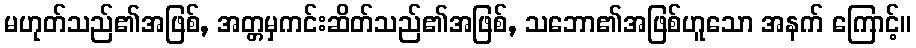
မဟုတ်သည်၏အဖြစ်, အတ္တမှကင်းဆိတ်သည်၏အဖြစ်, သဘော၏အဖြစ်ဟူသော အနက် ကြောင့်။